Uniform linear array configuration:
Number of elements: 32
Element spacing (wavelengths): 0.75
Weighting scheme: uniform
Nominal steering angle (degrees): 30
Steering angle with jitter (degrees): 28.625
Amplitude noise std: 0.05
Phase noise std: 0.05

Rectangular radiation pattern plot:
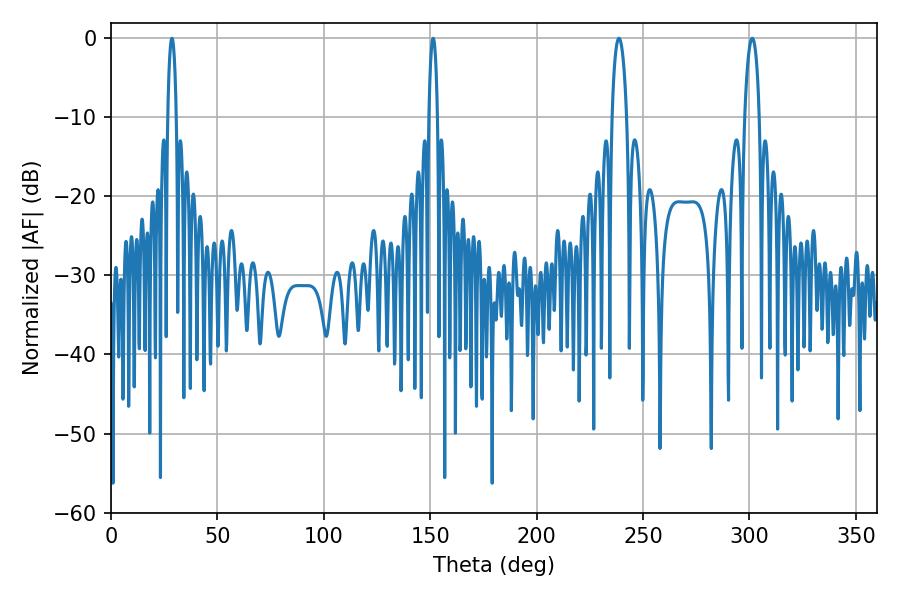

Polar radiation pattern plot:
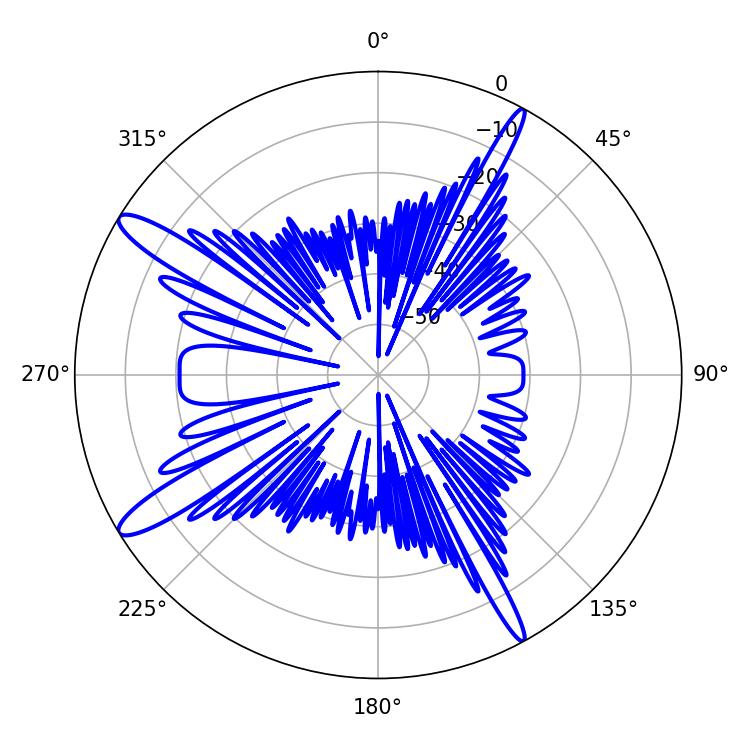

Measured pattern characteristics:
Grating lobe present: TRUE
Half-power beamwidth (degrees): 3.96
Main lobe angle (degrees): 238.68